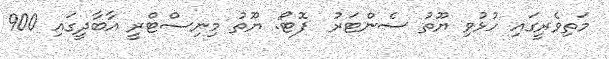
މަތިވެރީގައި ހުޅުވި ޔޫތު ސެންޓަރު  ފޮޓޯ: ޔޫތު މިނިސްޓްރީ އާބާދީގައި 900